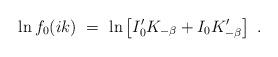
LaTeX: \begin{align*}\ln f_0(ik)\ =\ \ln \left[ I'_0 K_{-\beta}+I_{0}K'_{-\beta}\right]\ .\end{align*}